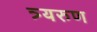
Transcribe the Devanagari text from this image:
त्र्यरुण